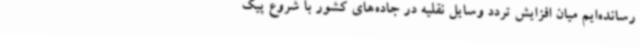
رسانده‌ایم میان افزایش تردد وسایل نقلیه در جاده‌های کشور با شروع پیک